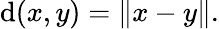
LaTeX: \mathrm{d}(x,y)=\| x-y\| .